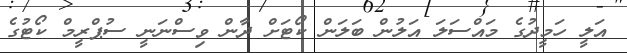
އަލީ ހަމީދުގެ މައްސަލަ އަލުން ބަލަން ކޯޓަށް ދާން ވިސްނަނީ ސުޕްރީމް ކޯޓުގެ